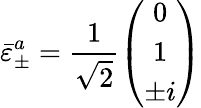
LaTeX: \bar{\varepsilon}_{\pm}^{a}=\frac{1}{\sqrt 2}\left(\begin{array}{c}{{0}}\\ {{1}}\\ {{\pm i}}\end{array}\right)